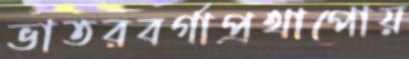
ভাতরবর্গাপ্রথাপোয়